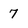
Character: 7